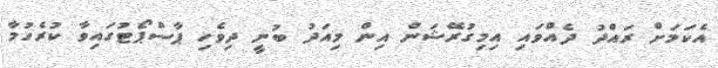
އެކަމަށް ރައްދު ދެއްވައި އިމިގުރޭޝަން އިން މިއަދު ބުނީ ދިވެހި ޕާސްޕޯޓުގައިވާ ކުރެހުމާ